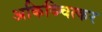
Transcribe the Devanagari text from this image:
अकिञ्चित्कर